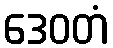
ဒေဝတံ